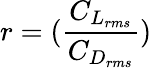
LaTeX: r=(\frac{C_{L_{rms}}}{C_{D_{rms}}})